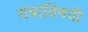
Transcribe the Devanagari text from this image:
यंत्राविषयी